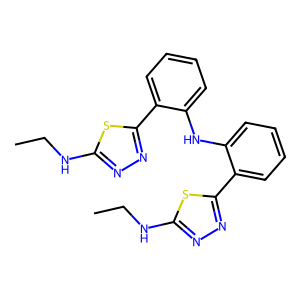
SMILES: CCNc1nnc(-c2ccccc2Nc2ccccc2-c2nnc(NCC)s2)s1
Inhibits HIV replication: No